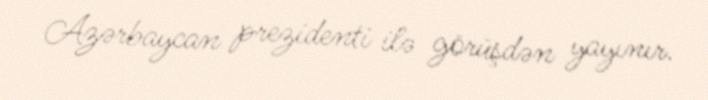
Azərbaycan prezidenti ilə görüşdən yayınır.